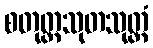
စတုတ္ထသုတသုတ္တံ